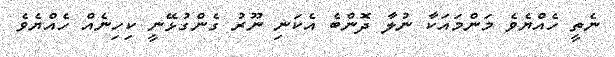
ނެތީ ހެއްޔެވެ މަންމައަކާ ނުލާ ދޮންބެ އެކަނި ނޫރު ގެންގުޅޭނީ ކިހިނެއް ހެއްޔެވެ